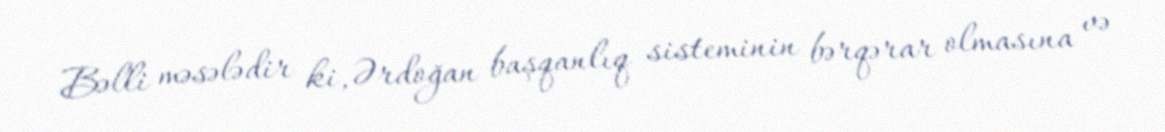
Bəlli məsələdir ki, Ərdoğan başqanlıq sisteminin bərqərar olmasına və